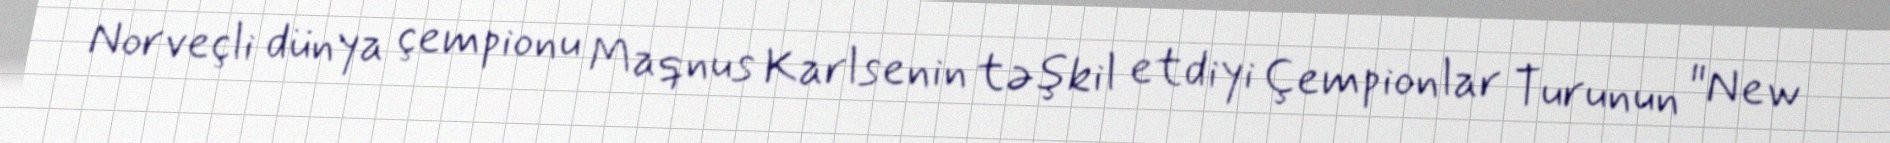
Norveçli dünya çempionu Maqnus Karlsenin təşkil etdiyi Çempionlar Turunun "New